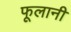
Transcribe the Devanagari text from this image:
फूलानी